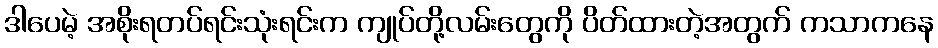
ဒါပေမဲ့ အစိုးရတပ်ရင်းသုံးရင်းက ကျုပ်တို့လမ်းတွေကို ပိတ်ထားတဲ့အတွက် ကသာကနေ